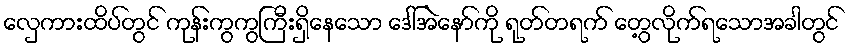
လှေကားထိပ်တွင် ကုန်းကွကွကြီးရှိနေသော ဒေါ်အဲနော်ကို ရုတ်တရက် တွေ့လိုက်ရသောအခါတွင်